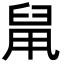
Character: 䑕